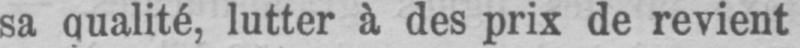
sa qualité, lutter à des prix de revient